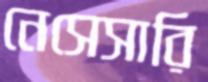
নেসেসারি